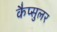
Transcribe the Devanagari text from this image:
कैप्सुलर